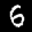
Label: 6